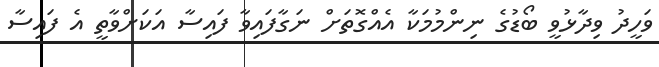
ވަހީދު ވިދާޅުވީ ބޯޑުގެ ނިންމުމަކާ އެއްގޮތަށް ނަގާފައިވާ ފައިސާ އަކަށްވާތީ އެ ފައިސާ